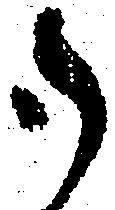
御